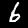
Label: 6